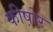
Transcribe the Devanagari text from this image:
कीष़ोर